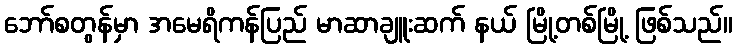
ဘော်စတွန်မှာ အမေရိကန်ပြည် မာဆာချူးဆက် နယ် မြို့တစ်မြို့ ဖြစ်သည်။